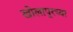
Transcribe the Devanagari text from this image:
खोलापूरच्या